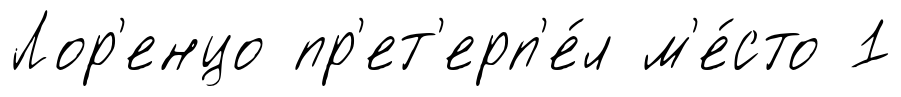
Лор'енцо пр'ет'ерп'е́л м'е́сто 1